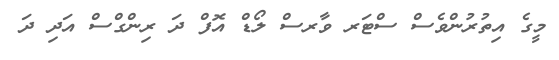
މީގެ އިތުރުންވެސް ސްޓަރ ވާރސް ލޯޑް އޮފް ދަ ރިންގްސް އަދި ދަ